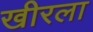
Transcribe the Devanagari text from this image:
खीरला